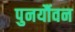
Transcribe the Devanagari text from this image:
पुनर्यौवन